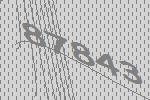
87843